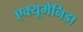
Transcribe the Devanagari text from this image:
एक्यूमेनिडा